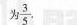
为\frac{3}{5} 。